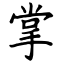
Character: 掌